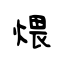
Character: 煨